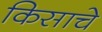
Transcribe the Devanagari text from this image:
किसाचे